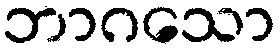
ဘာဂသော